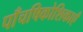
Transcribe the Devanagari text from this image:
पाँचषिकोशिकाएँ